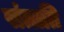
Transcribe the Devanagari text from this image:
संत्तति